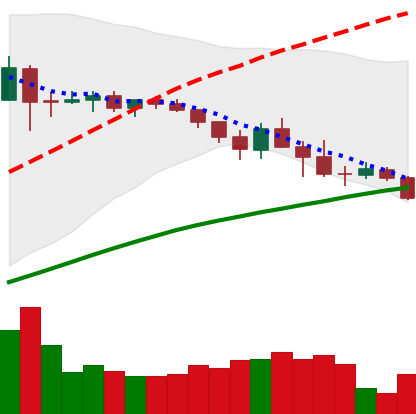
Ticker: ADA-USD
Chart end date: 2019-04-29
Forward return: 3.48%
Label: up_3_5